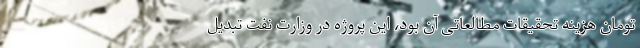
تومان هزینه تحقیقات مطالعاتی آن بود، این پروژه در وزارت نفت تبدیل